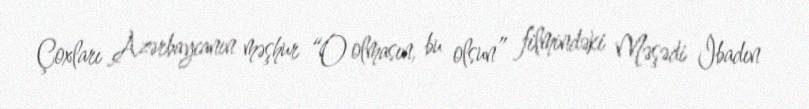
Çoxları Azərbaycanın məşhur “O olmasın, bu olsun” filmindəki Məşədi İbadın